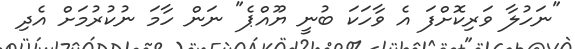
"ނަހުލާ ވަރިކޮށްފަ އެ ވާހަކަ ބުނީ ޔޫއްޕެ" ނަން ހާމަ ނުކުރުމަށް އެދި